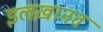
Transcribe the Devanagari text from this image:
इलख़ानत